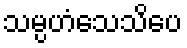
သမ္ပဟံသေသိပေ